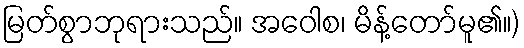
မြတ်စွာဘုရားသည်။ အဝေါစ၊ မိန့်တော်မူ၏။)